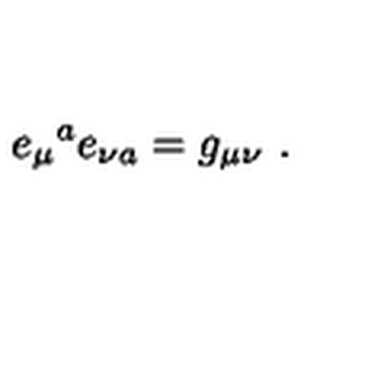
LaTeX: e _ { \mu } { } ^ { a } e _ { \nu a } = g _ { \mu \nu } \ .